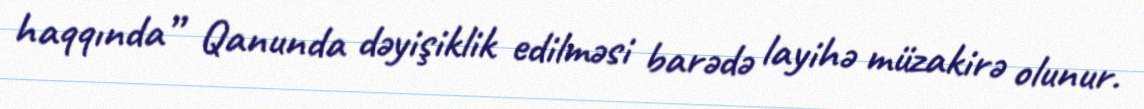
haqqında” Qanunda dəyişiklik edilməsi barədə layihə müzakirə olunur.